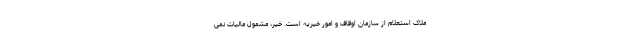
ملاک استعلام از سازمان اوقاف و امور خیریه است. خیر، مشمول مالیات نمی